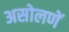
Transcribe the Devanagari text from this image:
असोलणें